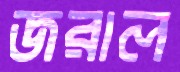
জরাল